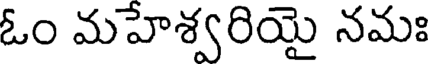
ఓం మహేశ్వరియై నమః